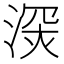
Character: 𣸧